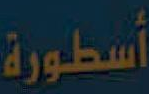
أسطورة